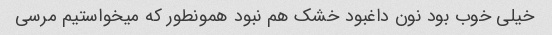
خیلی خوب بود نون داغبود خشک هم نبود همونطور که میخواستیم مرسی